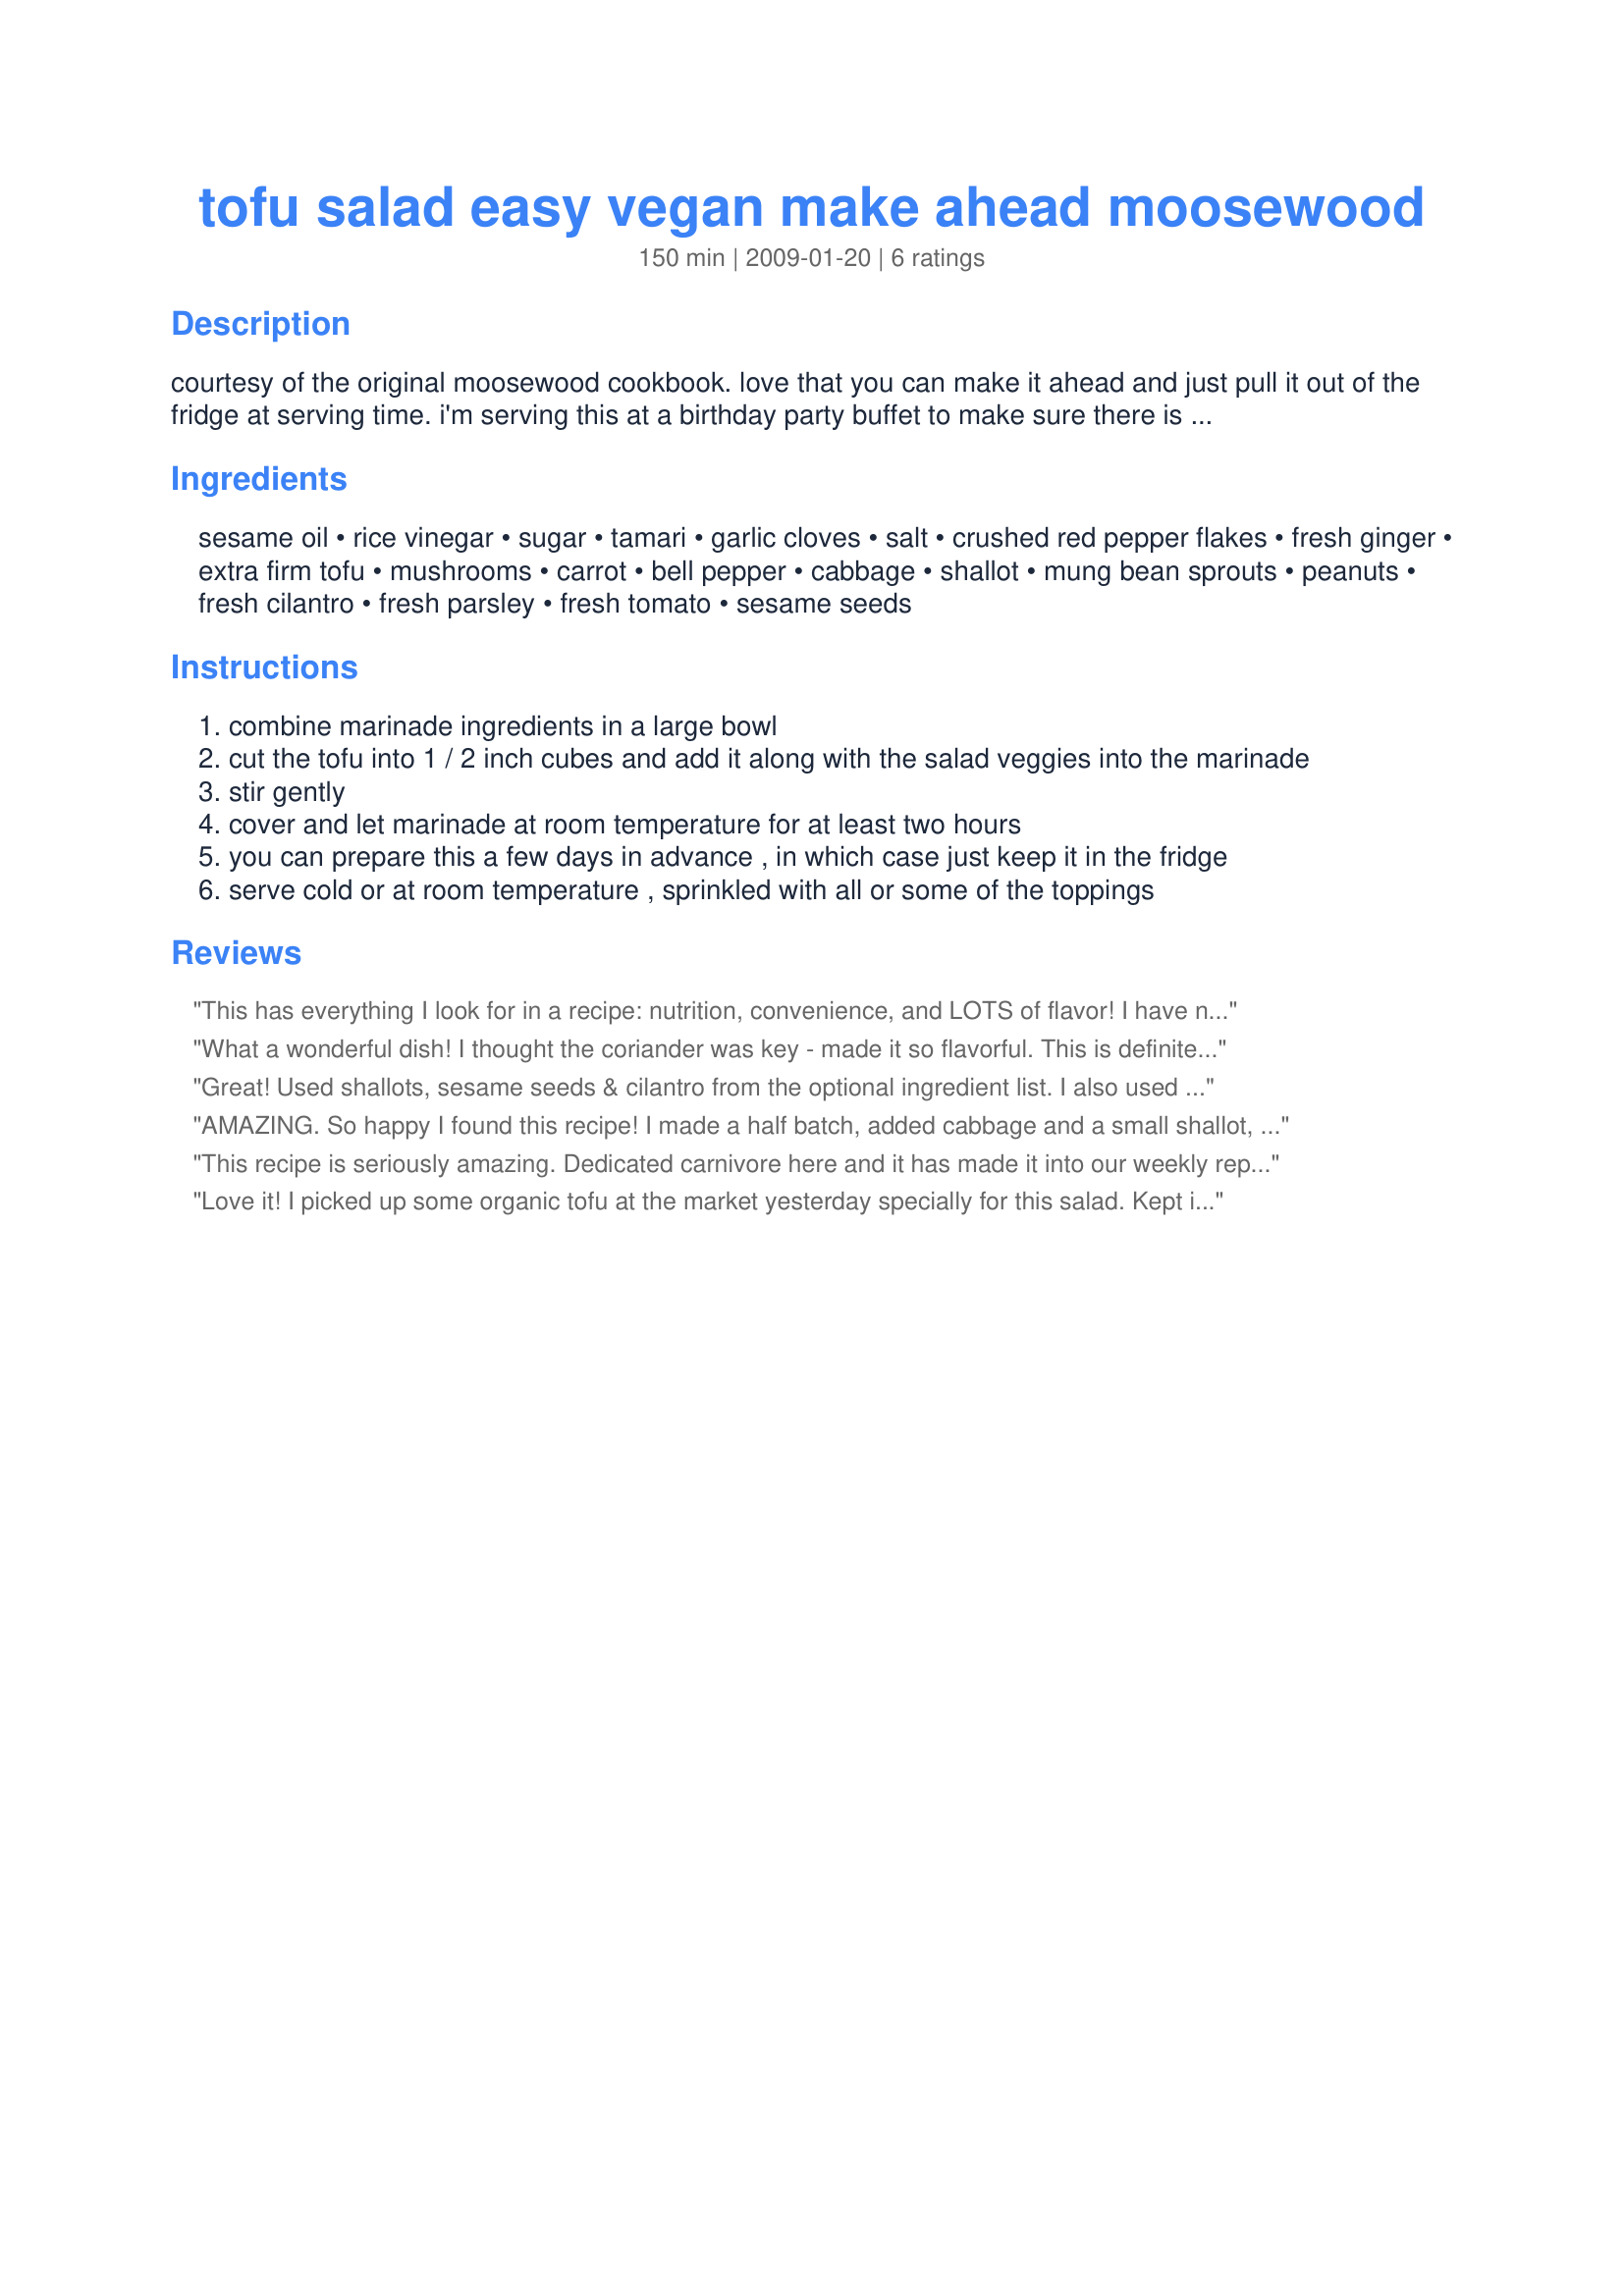
tofu salad easy vegan make ahead moosewood
Preparation time: 150 minutes

courtesy of the original moosewood cookbook. love that you can make it ahead and just pull it out of the fridge at serving time. i'm serving this at a birthday party buffet to make sure there is something substantial for vegetarians/vegans in the group.

the book recommends stuffing this salad into pita bread to make it a meal, which i've never tried but sounds great. prep time includes the minimum 2 hours for marinading. serves 6 as the main attraction, but more if it's a side dish. enjoy!

Ingredients:
sesame oil, rice vinegar, sugar, tamari, garlic cloves, salt, crushed red pepper flakes, fresh ginger, extra firm tofu, mushrooms, carrot, bell pepper, cabbage, shallot, mung bean sprouts, peanuts, fresh cilantro, fresh parsley, fresh tomato, sesame seeds

Steps:
combine marinade ingredients in a large bowl
cut the tofu into 1 / 2 inch cubes and add it along with the salad veggies into the marinade
stir gently
cover and let marinade at room temperature for at least two hours
you can prepare this a few days in advance , in which case just keep it in the fridge
serve cold or at room temperature , sprinkled with all or some of the toppings

Reviews:
This has everything I look for in a recipe: nutrition, convenience, and LOTS of flavor! I have never used tofu without cooking it before (except for pureed silken tofu), but the marinade made it delicious! I could tell from looking at the ingredient list that I was going to love the marinade, so I doubled it. I used half rice vinegar/half apple cider vinegar and used agave nectar instead of sugar. It could probably do without the added salt, since the soy sauce is salty. I chose cabbage and mung bean sprouts for the optional salad ingredients. I loved the crunch of the cabbage and definitely recommend including it. For toppings I used peanuts, cilantro, and sesame seeds. It was the perfect thing to make ahead and take to school (although it's pretty garlicy, so it's a good thing I carry a toothbrush and toothpaste in my book bag). I enjoyed it with rice cakes. The next day I served it over a bed of rice noodles. I will definitely make this again. Reviewed for Veggie Swap, November 2009
What a wonderful dish! I thought the coriander was key - made it so flavorful. This is definitely going into my favorites.
Great! Used shallots, sesame seeds & cilantro from the optional ingredient list. I also used a bit more mushrooms and it turned out great. We stuffed whole wheat pitas with the salad and had sliced cucumbers & apples on the side. After sitting for 24 hours in the fridge, this was also okay for leftovers. Tip: There was a lot of marinade/juice the next day... probably from the veggies releasing their water. So make sure to use a slotted spoon so that your sandwiches are not soggy!
AMAZING. So happy I found this recipe! I made a half batch, added cabbage and a small shallot, but made the entire amt of marinade. I subbed out stevia for the sugar. Will serve this in pitas for lunch in an hour or so and can't wait! Delish! UPDATE: On day 2 I added some water chestnuts which were awesome in here - totally soaked up the marinade and did it quickly. Very flavorful on day 2, but not as pretty because the brown coloring took over.
This recipe is seriously amazing. Dedicated carnivore here and it has made it into our weekly repetoire since we tried it a couple months ago. It's especially good to have a filling, no stove dish now that its summer. I've made it at home, made it at parties, it is now a fave.

One tip for tofu prep is to freeze it before using it and then press it for several hours before using to get as much water as possible out.

Enjoy!
Love it! I picked up some organic tofu at the market yesterday specially for this salad. Kept it simple, just using the optional shallots, but plan to top it with sesame seeds and cilantro before packing it off for lunch in the morning. This is so delicious, and will be a regular lunch now! Next time I plan to add the cabbage and mung bean sprouts. Thanks, magpie! Made for PAC Spring 2010 - you were adopted!
